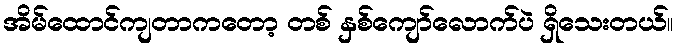
အိမ်ထောင်ကျတာကတော့ တစ် နှစ်ကျော်လောက်ပဲ ရှိသေးတယ်။